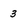
Character: 3